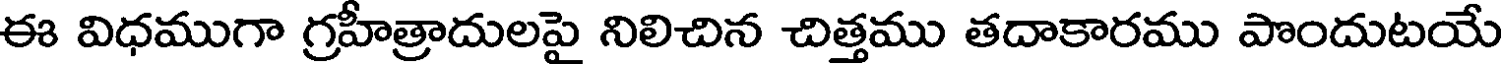
ఈ విధముగా గ్రహీత్రాదులపై నిలిచిన చిత్తము తదాకారము పొందుటయే